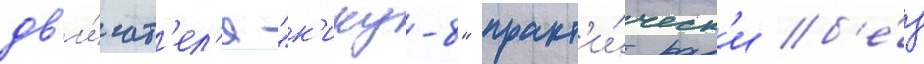
дв'и́гат'ел'я "к'ику-8" практ'и́ческ'и б'е́з